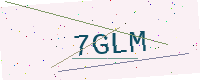
Text: 7GLM